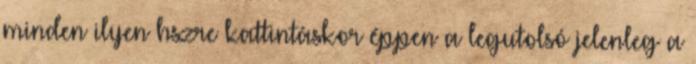
minden ilyen hszre kattintáskor éppen a legutolsó jelenleg a